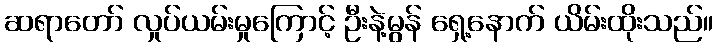
ဆရာတော် လှုပ်ယမ်းမှုကြောင့် ဦးနဲ့မွန် ရှေ့နောက် ယိမ်းထိုးသည်။